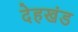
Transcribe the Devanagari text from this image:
देहखंड